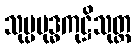
သုပ္ပဗုဒ္ဓကုဋ္ဌိသုတ္တ